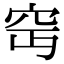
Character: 𥤵